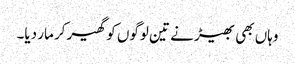
وہاں بھی بھیڑ نے تین لوگوں کو گھیر‌کر مار دیا۔